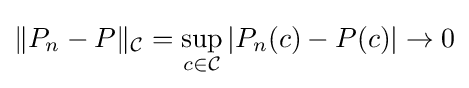
\|P_{n}-P\|_{\mathcal {C}}=\sup _{c\in {\mathcal {C}}}|P_{n}(c)-P(c)|\to 0